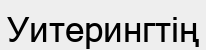
Уитерингтің